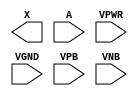
module sky130_fd_sc_ms__buf (
    X   ,
    A   ,
    VPWR,
    VGND,
    VPB ,
    VNB
);

    output X   ;
    input  A   ;
    input  VPWR;
    input  VGND;
    input  VPB ;
    input  VNB ;
endmodule